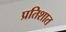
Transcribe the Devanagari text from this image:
प्रतिशात